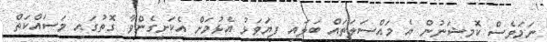
ނަމަވެސް ކޮމިޝަނުން އެ މައްސަލަތައް ބަލައި ފިޔަވަޅު އެޅުމަށް އެކަށީގެންވާ ގޮތުގައި މަސައްކަތް